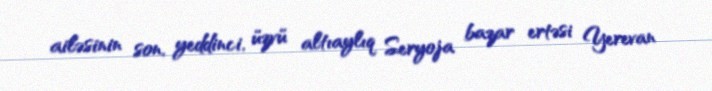
ailəsinin son, yeddinci, üzvü altıaylıq Seryoja bazar ertəsi Yerevan